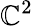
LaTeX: \mathbb{C}^{2}